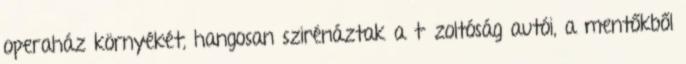
operaház környékét, hangosan szirénáztak a tűzoltóság autói, a mentőkből